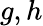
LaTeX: g,h